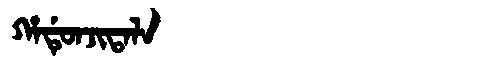
Manchu: ᡥᠠᡩᡠᠨᠵᡳᡨᠠᠯᠠ
Romanization: HADUNJITALA